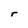
Character: r